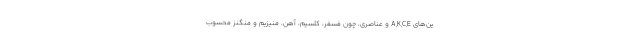
ین‌های A,K,C,E و عناصری، چون فسفر، کلسیم، آهن، منیزیم و منگنز محسوب